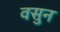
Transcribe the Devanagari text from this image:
वसुन